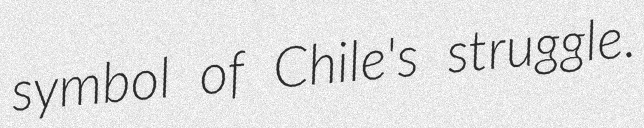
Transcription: symbol of Chile's struggle.